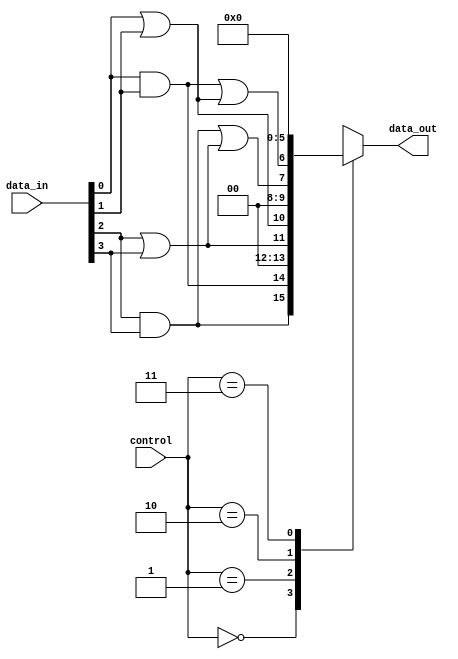
module AdjacencyGroups (
    input wire [3:0] data_in,      // 4 input signals
    input wire [1:0] control,       // Control signals for operation mode
    output wire [3:0] data_out      // 4 output signals
);

// Internal signals for adjacency grouping
wire group1_and, group1_or; // Group for data_in[0] and data_in[1]
wire group2_and, group2_or; // Group for data_in[2] and data_in[3]

// Grouping Logic
assign group1_and = data_in[0] & data_in[1]; // AND operation for first group
assign group1_or  = data_in[0] | data_in[1]; // OR operation for first group
assign group2_and = data_in[2] & data_in[3]; // AND operation for second group
assign group2_or  = data_in[2] | data_in[3]; // OR operation for second group

// Output Generation based on control signals
always @(*) begin
    case (control)
        2'b00: begin // Control mode 0: Output AND results
            data_out = {group2_and, group1_and, 2'b00}; // Outputs AND results
        end
        2'b01: begin // Control mode 1: Output OR results
            data_out = {group2_or, group1_or, 2'b00}; // Outputs OR results
        end
        2'b10: begin // Control mode 2: Output combined results
            data_out = {group2_and | group2_or, group1_and | group1_or, 2'b00}; // Combined results
        end
        2'b11: begin // Control mode 3: Output zero
            data_out = 4'b0000; // Outputs zero
        end
        default: begin
            data_out = 4'b0000; // Default case
        end
    endcase
end

endmodule